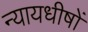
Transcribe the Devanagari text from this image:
न्यायधीषों